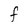
Character: F